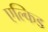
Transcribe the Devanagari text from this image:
एल्किड